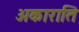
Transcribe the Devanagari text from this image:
अकाराति